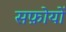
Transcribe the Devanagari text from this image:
सफ़ोयों